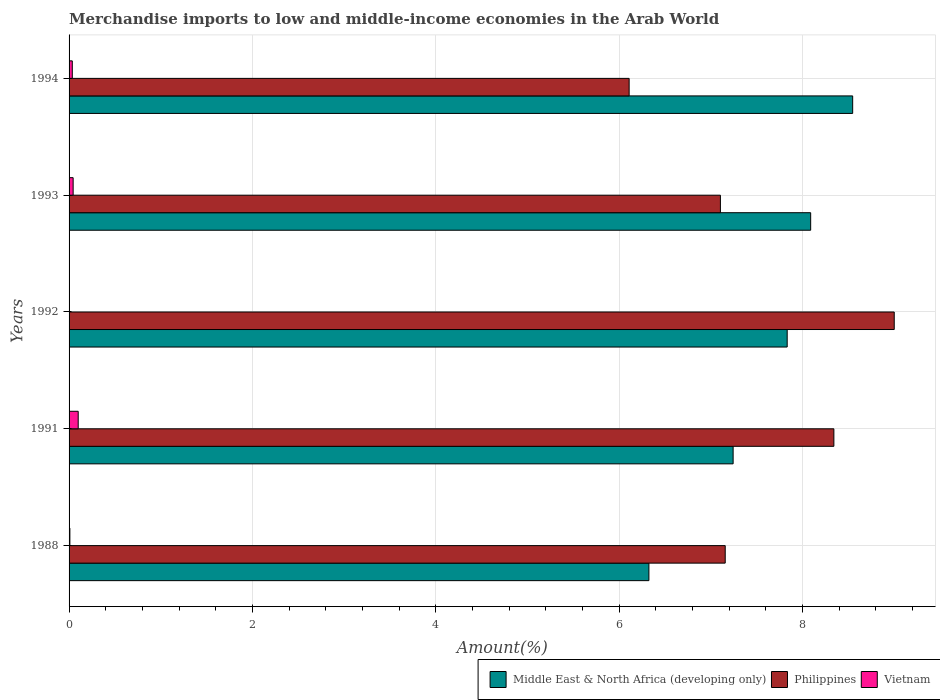
| Years | Middle East & North Africa (developing only) | Philippines | Vietnam |
 | --- | --- | --- | --- |
 | 1988 | 6.33 | 7.16 | 0.00874 |
 | 1991 | 7.24 | 8.34 | 0.0997 |
 | 1992 | 7.83 | 9 | 0.000165 |
 | 1993 | 8.09 | 7.11 | 0.0444 |
 | 1994 | 8.55 | 6.11 | 0.0352 |